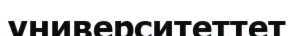
университеттет